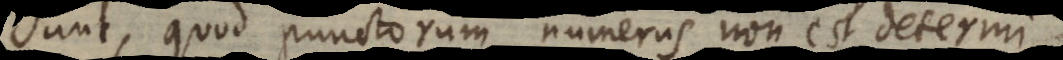
sunt, quod punctorum numerus non est determin